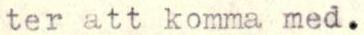
ter att komma med.